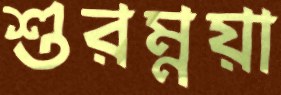
শুরম্নয়া